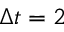
\Delta t = 2